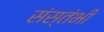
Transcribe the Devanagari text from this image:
संस्तंभी